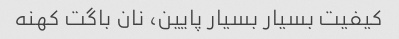
کیفیت بسیار بسیار پایین، نان باگت کهنه